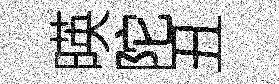
暎陀丑